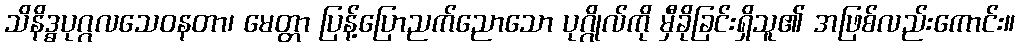
သိနိဒ္ဓပုဂ္ဂလသေဝနတာ၊ မေတ္တာ ပြန့်ပြောညက်ညောသော ပုဂ္ဂိုလ်ကို မှီခိုခြင်းရှိသူ၏ အဖြစ်လည်းကောင်း။